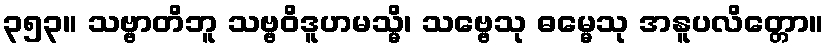
၃၅၃။ သဗ္ဗာတိဘူ သဗ္ဗဝိဒူဟမသ္မိ၊ သဗ္ဗေသု ဓမ္မေသု အနူပလိတ္တော။